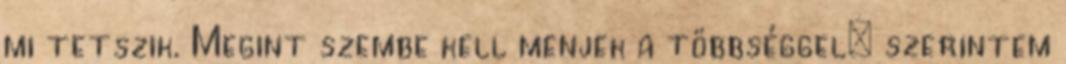
mi tetszik. Megint szembe kell menjek a többséggel: szerintem